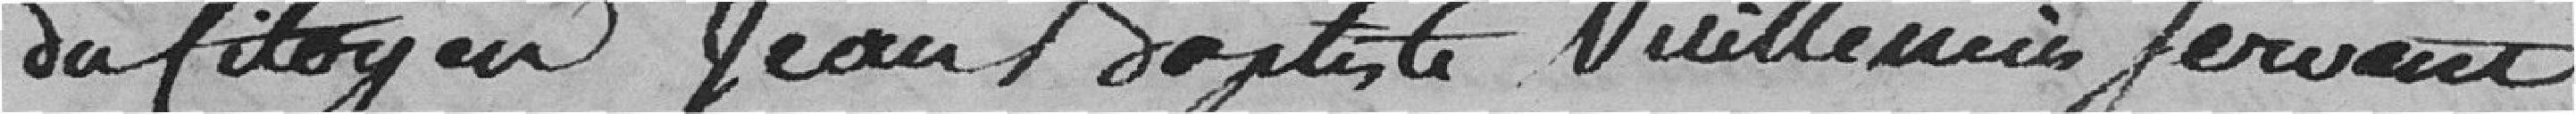
du citoyen Jean-Baptiste Vuillemin, servant